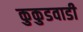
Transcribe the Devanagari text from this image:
कुकुडवाडी